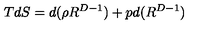
T d S = d ( \rho R ^ { D - 1 } ) + p d ( R ^ { D - 1 } )